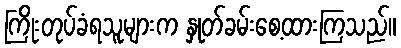
ကြိုးတုပ်ခံရသူများက နှုတ်ခမ်းစေ့ထားကြသည်။